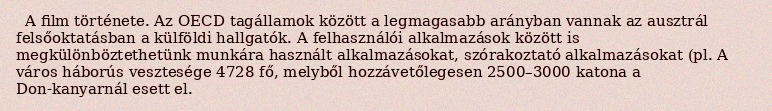
A film története. Az OECD tagállamok között a legmagasabb arányban vannak az ausztrál felsőoktatásban a külföldi hallgatók. A felhasználói alkalmazások között is megkülönböztethetünk munkára használt alkalmazásokat, szórakoztató alkalmazásokat (pl. A város háborús vesztesége 4728 fő, melyből hozzávetőlegesen 2500–3000 katona a Don-kanyarnál esett el.